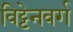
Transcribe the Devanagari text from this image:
विट्टेनवर्ग